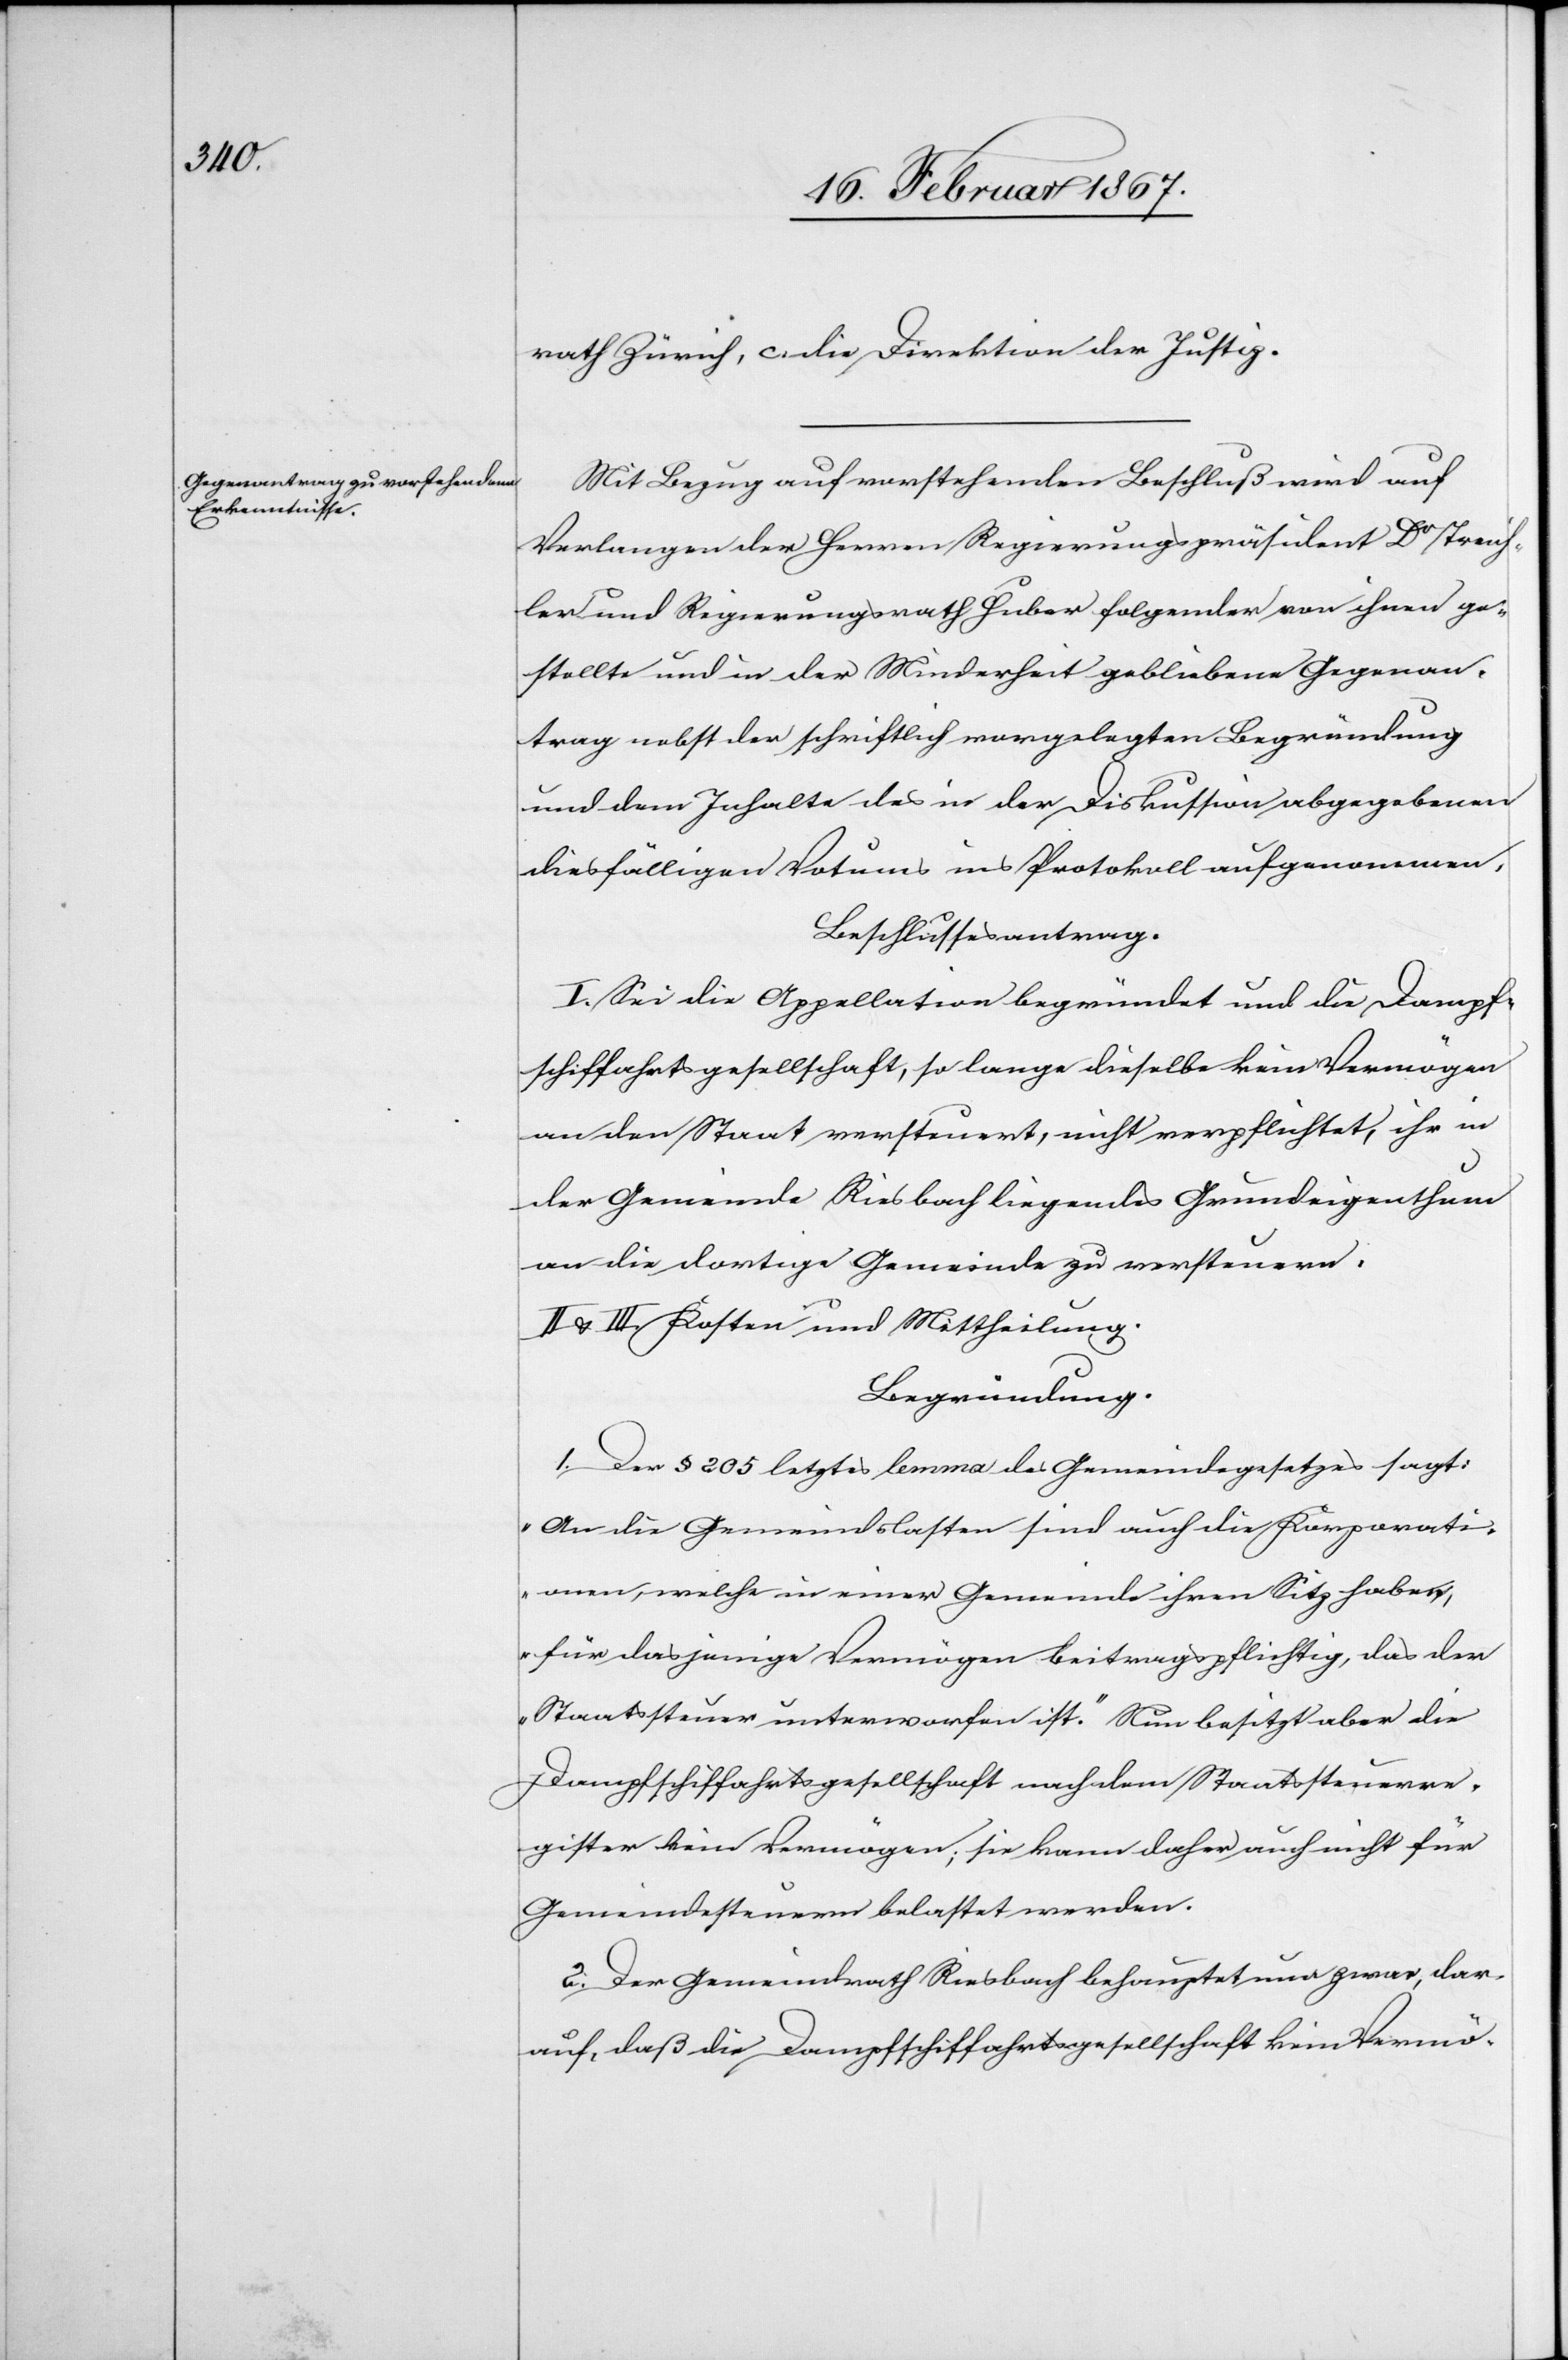
rath Zürich, c. die Direktion der Justiz.
Mit Bezug auf vorstehenden Beschluß wird auf
Verlangen der Herren Regierungspräsident Dr Treich¬
ler und Regierungsrath Huber folgender von ihnen ge¬
stellte und in der Minderheit gebliebene Gegenan¬
trag nebst der schriftlich vorgelegten Begründung
und dem Inhalte des in der Diskussion abgegebenen
diesfälligen Votums ins Protokoll aufgenommen.
Beschlussesantrag.
I. Sei die Appellation begründet und die Dampf¬
schiffahrtsgesellschaft, so lange dieselbe kein Vermögen
an den Staat versteuert, nicht verpflichtet, ihr in
der Gemeinde Riesbach liegendes Grundeigenthum
an die dortige Gemeinde zu versteuern.
II. u. III. Kosten und Mittheilung.
Begründung.
1. Der § 205 letztes lemma des Gemeindegesetzes sagt:
„An die Gemeindslasten sind auch die Korporati¬
onen, welche in einer Gemeinde ihren Sitz haben,
für dasjenige Vermögen beitragspflichtig, das der
Staatssteuer unterworfen ist.“ Nun besitzt aber die
Dampfschiffahrtsgesellschaft nach dem Staatssteuerre¬
gister kein Vermögen; sie kann daher auch nicht für
Gemeindesteuern belastet werden.
2. Der Gemeindrath Riesbach behauptet nun zwar, dar¬
auf, daß die Dampfschiffahrtsgesellschaft kein Vermö-